Civil Veterinary Department. Central Provinces & Berar 1932-41 - 1932-1941
Year: 1932
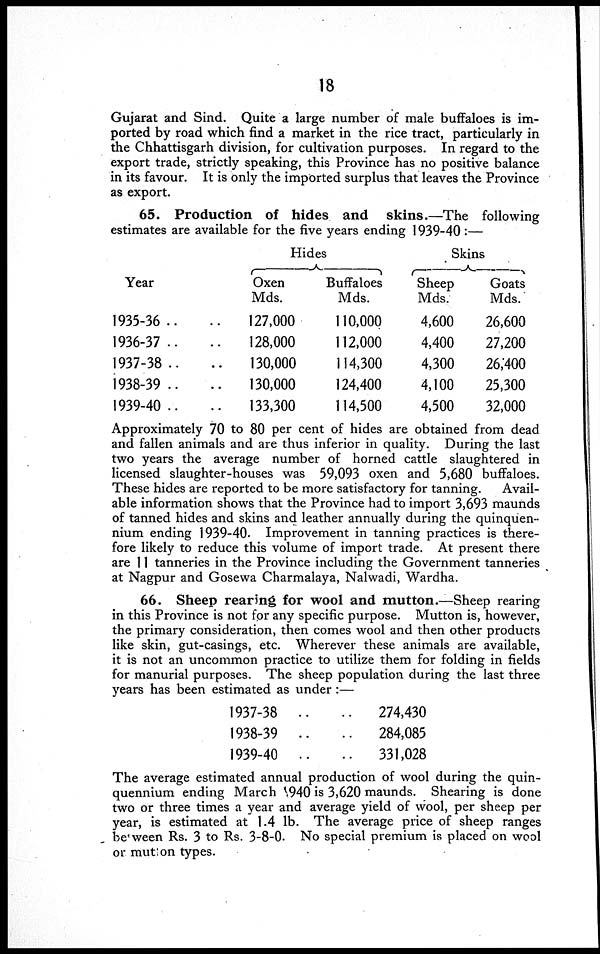
18
Gujarat and Sind. Quite a large number of male buffaloes is im-
ported by road which find a market in the rice tract, particularly in
the Chhattisgarh division, for cultivation purposes. In regard to the
export trade, strictly speaking, this Province has no positive balance
in its favour. It is only the imported surplus that leaves the Province
as export.
65. Production of hides and skins.—The following
estimates are available for the five years ending 1939-40:—
Year
1935-36 .. ..
1936-37 .. ..
1937-38 .. ..
1938-39 .. ..
1939-40 ..
..
Hides
Oxen
Mds.
127,000
128,000
130,000
130,000
133,300
Buffaloes
Mds.
110,000
112,000
114,300
124,400
114,500
Skins
Sheep
Mds.
4,600
4,400
4,300
4,100
4,500
Goats
Mds.
26,600
27,200
26,400
25,300
32,000
Approximately 70 to 80 per cent of hides are obtained from dead
and fallen animals and are thus inferior in quality. During the last
two years the average number of horned cattle slaughtered in
licensed slaughter-houses was 59,093 oxen and 5,680 buffaloes.
These hides are reported to be more satisfactory for tanning.
Avail-
able information shows that the Province had to import 3,693 maunds
of tanned hides and skins and leather annually during the quinquen-
nium ending 1939-40. Improvement in tanning practices is there-
fore likely to reduce this volume of import trade. At present there
are 11 tanneries in the Province including the Government tanneries
at Nagpur and Gosewa Charmalaya, Nalwadi, Wardha.
66. Sheep rearing for wool and mutton.—Sheep rearing
in this Province is not for any specific purpose. Mutton is, however,
the primary consideration, then comes wool and then other products
like skin, gut-casings, etc. Wherever these animals are available,
it is not an uncommon practice to utilize them for folding in fields
for manurial purposes. The sheep population during the last three
years has been estimated as under:—
1937-38 .. ..
1938-39 .. ..
1939-40 .. ..
274,430
284,085
331,028
The average estimated annual production of wool during the quin-
quennium ending March 1940 is 3,620 maunds. Shearing is done
two or three times a year and average yield of wool, per sheep per
year, is estimated at 1.4 lb. The average price of sheep ranges
between Rs. 3 to Rs. 3-8-0. No special premium is placed on wool
or mutton types.